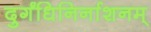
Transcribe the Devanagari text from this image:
दुर्गंधिनिर्नाशनम्